Leningradi_Edasi_toimetus, lk 69
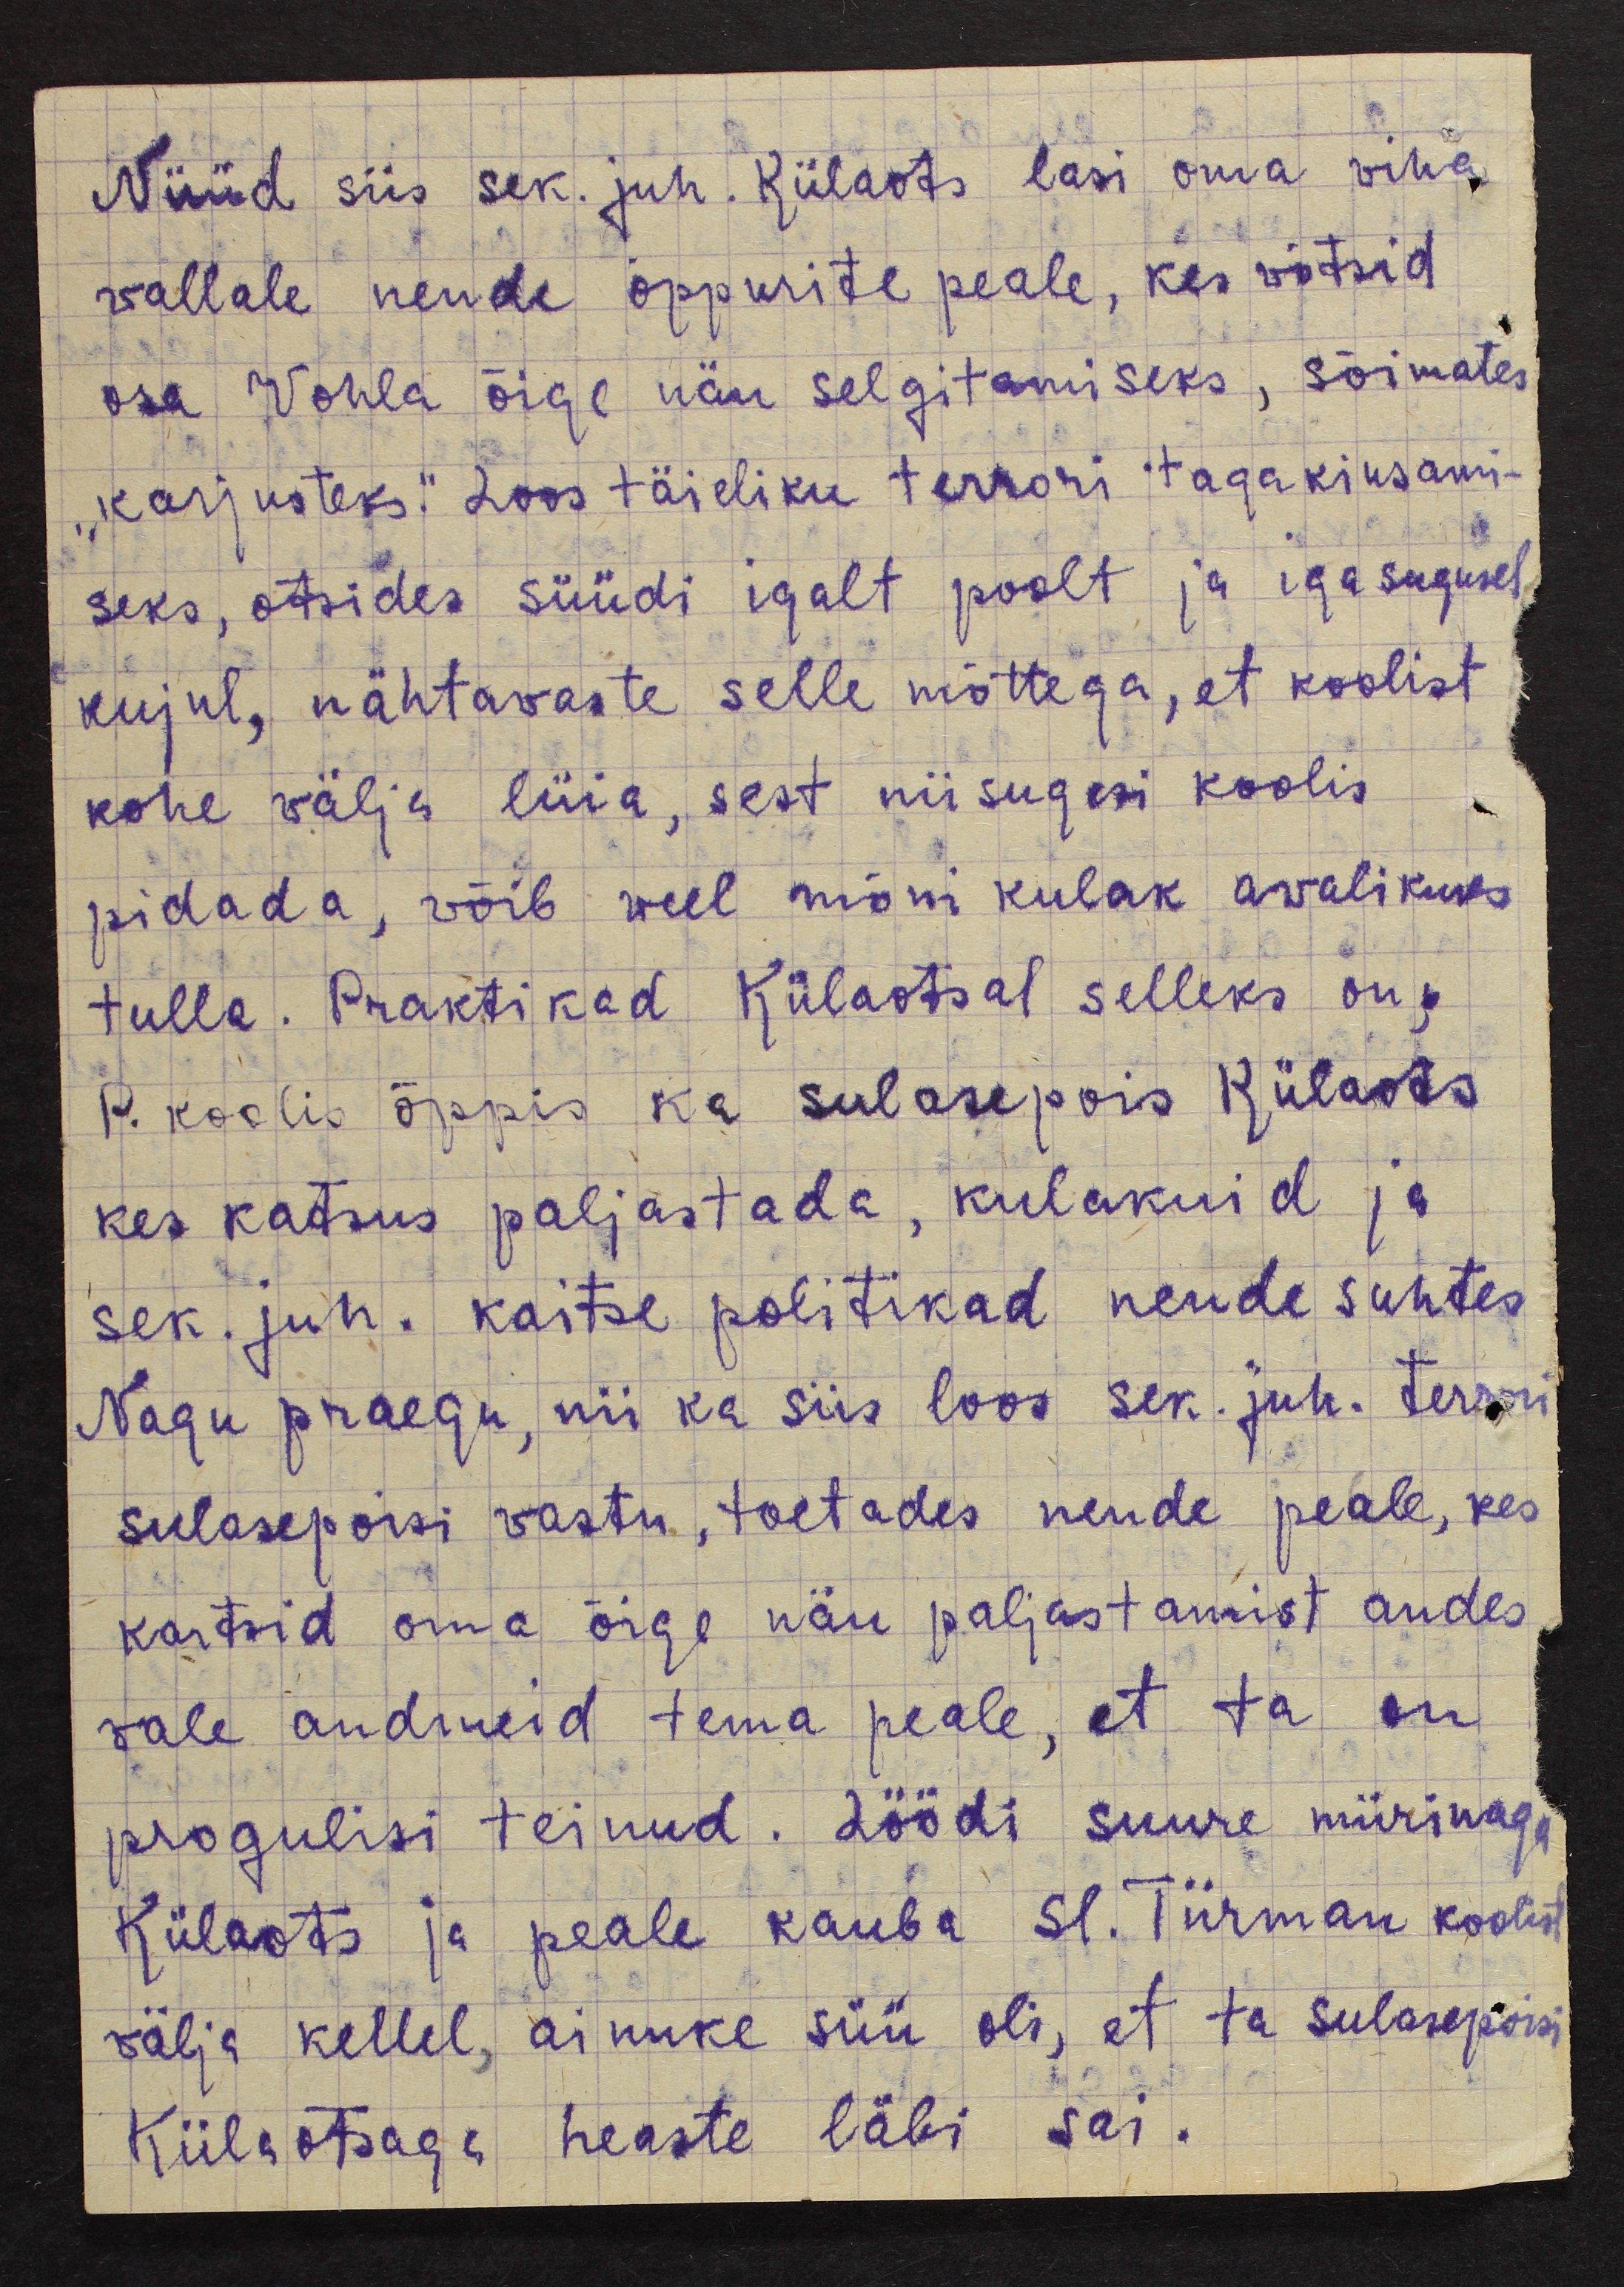
Nüüd siis sek. juh. Külaots lasi oma viha
vallale nende õppurite peale, kes võtsid
osa Vohla õige näu selgitamiseks, sõimates
"karjusteks." Loos täieliku terrori tagakiusami-
seks, otsides süüdi igalt poolt ja igasugusel
kujul, nähtavaste selle mõttega, et koolist
kohe välja lüia, sest niisugesi koolis
pidada, võib veel mõni kulak avalikuks
tulla. Praktikad Külaotsal selleks on.
P. koolis õppis ka sulasepois Külaots
kes katsus paljastada, kulakuid ja
sek. juh. kaitse politikad nende suhtes
Nagu praegu, nii ka siis loos sek. juh. terrori
sulasepoisi vastu, toetades nende peale, kes
kartsid oma õige näu paljastamist andes
vale andmeid tema peale, et ta on
progulisi teinud. Löödi suure mürinaga
Külaots ja peale kauba sl. Tiirman koolist
välja kellel, ainuke süü oli, et ta sulasepoisi
Külaotsaga heaste läbi sai.